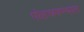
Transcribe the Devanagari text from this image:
पोहचवण्यात